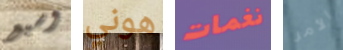
وسبع هوني نغمات الأمر